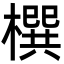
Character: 㯢